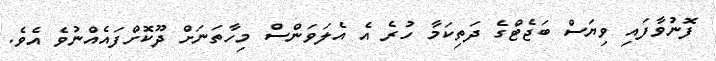
ފޮނުވާފައި ވިޔަސް ބަޖެޓްގެ ދަތިކަމާ ހުރެ އެ އެލަވަންސް މިހާތަނަށް ދޫކޮށްފައެއްނުވެ އެވެ.